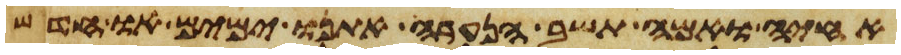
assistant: אחיה ואמה תשב הנערה אתנו ימים או חדש